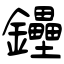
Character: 鑸